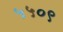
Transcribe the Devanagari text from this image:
५५०९